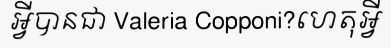
អ្វីបានជា Valeria Copponi?ហេតុអ្វី